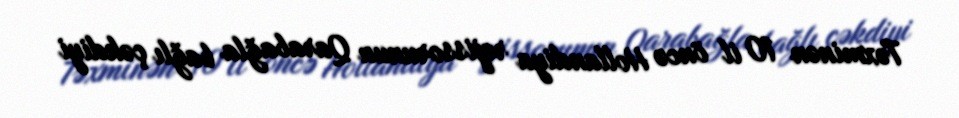
Təxminən 10 il öncə Hollandiya rejissorunun Qarabağla bağlı çəkdiyi